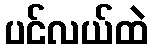
ပင်လယ်ထဲ